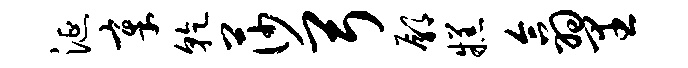
涎章干莎弓鄢糕翕里